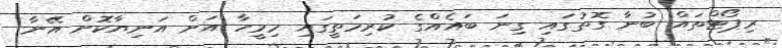
ރިޕޯޓްތައް ބުނާ ގޮތުގައި ގިނަ ބައެއްގެ ކުރިމަތީގައި މިމީހާ އަށް އަނިޔާކޮށް އޭނާ